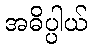
အဓိပ္ပါယ်